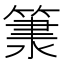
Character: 𥱂